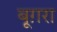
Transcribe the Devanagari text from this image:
बूग़रा